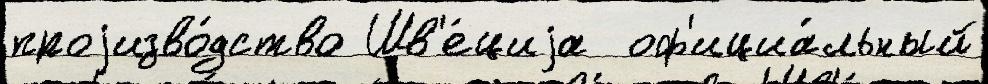
проjизво́дство Шв'е́циjа  оф'ициа́льный